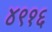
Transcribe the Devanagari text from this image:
४९१६